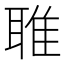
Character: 𬚟